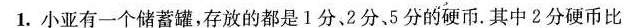
1.小亚有一个储蓄罐，存放的都是1分、2分、5分的硬币。其中2分硬币比